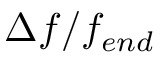
\Delta f / f _ { e n d }